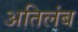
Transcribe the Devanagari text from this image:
अतिलंब